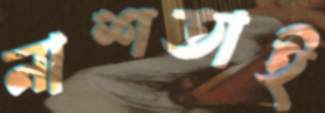
নাশতাই